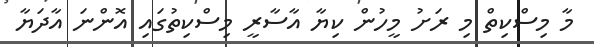
މާ މިސްކިތް މި ރަށު މީހުން ކިޔާ އާސާރީ މިސްކިތުގައި އޮންނަ އާދަޔާ